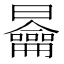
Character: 𭨣